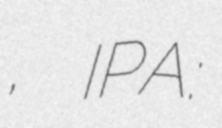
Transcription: Джевелеков, IPA: